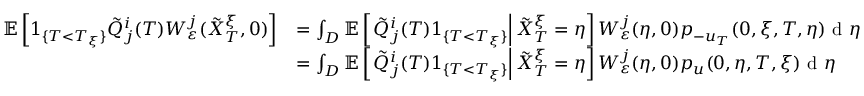
\begin{array} { r l } { \mathbb { E } \left[ 1 _ { \{ T < T _ { \xi } \} } \tilde { Q } _ { j } ^ { i } ( T ) W _ { \varepsilon } ^ { j } ( \tilde { X } _ { T } ^ { \xi } , 0 ) \right] } & { = \int _ { D } \mathbb { E } \left[ \left. \tilde { Q } _ { j } ^ { i } ( T ) 1 _ { \{ T < T _ { \xi } \} } \right| \tilde { X } _ { T } ^ { \xi } = \eta \right] W _ { \varepsilon } ^ { j } ( \eta , 0 ) p _ { - u _ { T } } ( 0 , \xi , T , \eta ) \textrm { d } \eta } \\ & { = \int _ { D } \mathbb { E } \left[ \left. \tilde { Q } _ { j } ^ { i } ( T ) 1 _ { \{ T < T _ { \xi } \} } \right| \tilde { X } _ { T } ^ { \xi } = \eta \right] W _ { \varepsilon } ^ { j } ( \eta , 0 ) p _ { u } ( 0 , \eta , T , \xi ) \textrm { d } \eta } \end{array}